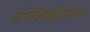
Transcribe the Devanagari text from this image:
उपनिवेशनिर्माण